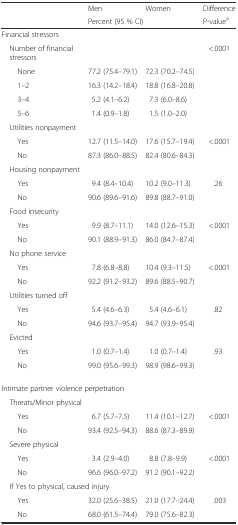
<table><thead><tr><td></td><td><b>Men</b></td><td><b>Women</b></td><td><b>Difference</b></td></tr><tr><td></td><td colspan="2"><b>Percent (95 % CI)</b></td><td><b>P-value<sup>a</sup></b></td></tr></thead><tbody><tr><td colspan="4">Financial stressors</td></tr><tr><td> Number of financial stressors</td><td></td><td></td><td>&lt;.0001</td></tr><tr><td>None</td><td>77.2 (75.4–79.1)</td><td>72.3 (70.2–74.5)</td><td></td></tr><tr><td>1–2</td><td>16.3 (14.2–18.4)</td><td>18.8 (16.8–20.8)</td><td></td></tr><tr><td>3–4</td><td>5.2 (4.1–6.2)</td><td>7.3 (6.0–8.6)</td><td></td></tr><tr><td>5–6</td><td>1.4 (0.9–1.8)</td><td>1.5 (1.0–2.0)</td><td></td></tr><tr><td> Utilities nonpayment</td><td></td><td></td><td></td></tr><tr><td>Yes</td><td>12.7 (11.5–14.0)</td><td>17.6 (15.7–19.4)</td><td>&lt;.0001</td></tr><tr><td>No</td><td>87.3 (86.0–88.5)</td><td>82.4 (80.6–84.3)</td><td></td></tr><tr><td> Housing nonpayment</td><td></td><td></td><td></td></tr><tr><td>Yes</td><td>9.4 (8.4–10.4)</td><td>10.2 (9.0–11.3)</td><td>.26</td></tr><tr><td>No</td><td>90.6 (89.6–91.6)</td><td>89.8 (88.7–91.0)</td><td></td></tr><tr><td> Food insecurity</td><td></td><td></td><td></td></tr><tr><td>Yes</td><td>9.9 (8.7–11.1)</td><td>14.0 (12.6–15.3)</td><td>&lt;.0001</td></tr><tr><td>No</td><td>90.1 (88.9–91.3)</td><td>86.0 (84.7–87.4)</td><td></td></tr><tr><td> No phone service</td><td></td><td></td><td></td></tr><tr><td>Yes</td><td>7.8 (6.8–8.8)</td><td>10.4 (9.3–11.5)</td><td>&lt;.0001</td></tr><tr><td>No</td><td>92.2 (91.2–93.2)</td><td>89.6 (88.5–90.7)</td><td></td></tr><tr><td> Utilities turned off</td><td></td><td></td><td></td></tr><tr><td>Yes</td><td>5.4 (4.6–6.3)</td><td>5.4 (4.6–6.1)</td><td>.82</td></tr><tr><td>No</td><td>94.6 (93.7–95.4)</td><td>94.7 (93.9–95.4)</td><td></td></tr><tr><td> Evicted</td><td></td><td></td><td></td></tr><tr><td>Yes</td><td>1.0 (0.7–1.4)</td><td>1.0 (0.7–1.4)</td><td>.93</td></tr><tr><td>No</td><td>99.0 (95.6–99.3)</td><td>98.9 (98.6–99.3)</td><td></td></tr><tr><td colspan="4">Intimate partner violence perpetration</td></tr><tr><td colspan="2"> Threats/Minor physical</td><td></td><td></td></tr><tr><td>Yes</td><td>6.7 (5.7–7.5)</td><td>11.4 (10.1–12.7)</td><td>&lt;.0001</td></tr><tr><td>No</td><td>93.4 (92.5–94.3)</td><td>88.6 (87.3–89.9)</td><td></td></tr><tr><td> Severe physical</td><td></td><td></td><td></td></tr><tr><td>Yes</td><td>3.4 (2.9–4.0)</td><td>8.8 (7.8–9.9)</td><td>&lt;.0001</td></tr><tr><td>No</td><td>96.6 (96.0–97.2)</td><td>91.2 (90.1–92.2)</td><td></td></tr><tr><td colspan="2"> If Yes to physical, caused injury</td><td></td><td></td></tr><tr><td>Yes</td><td>32.0 (25.6–38.5)</td><td>21.0 (17.7–24.4)</td><td>.003</td></tr><tr><td>No</td><td>68.0 (61.5–74.4)</td><td>79.0 (75.6–82.3)</td><td></td></tr></tbody></table>